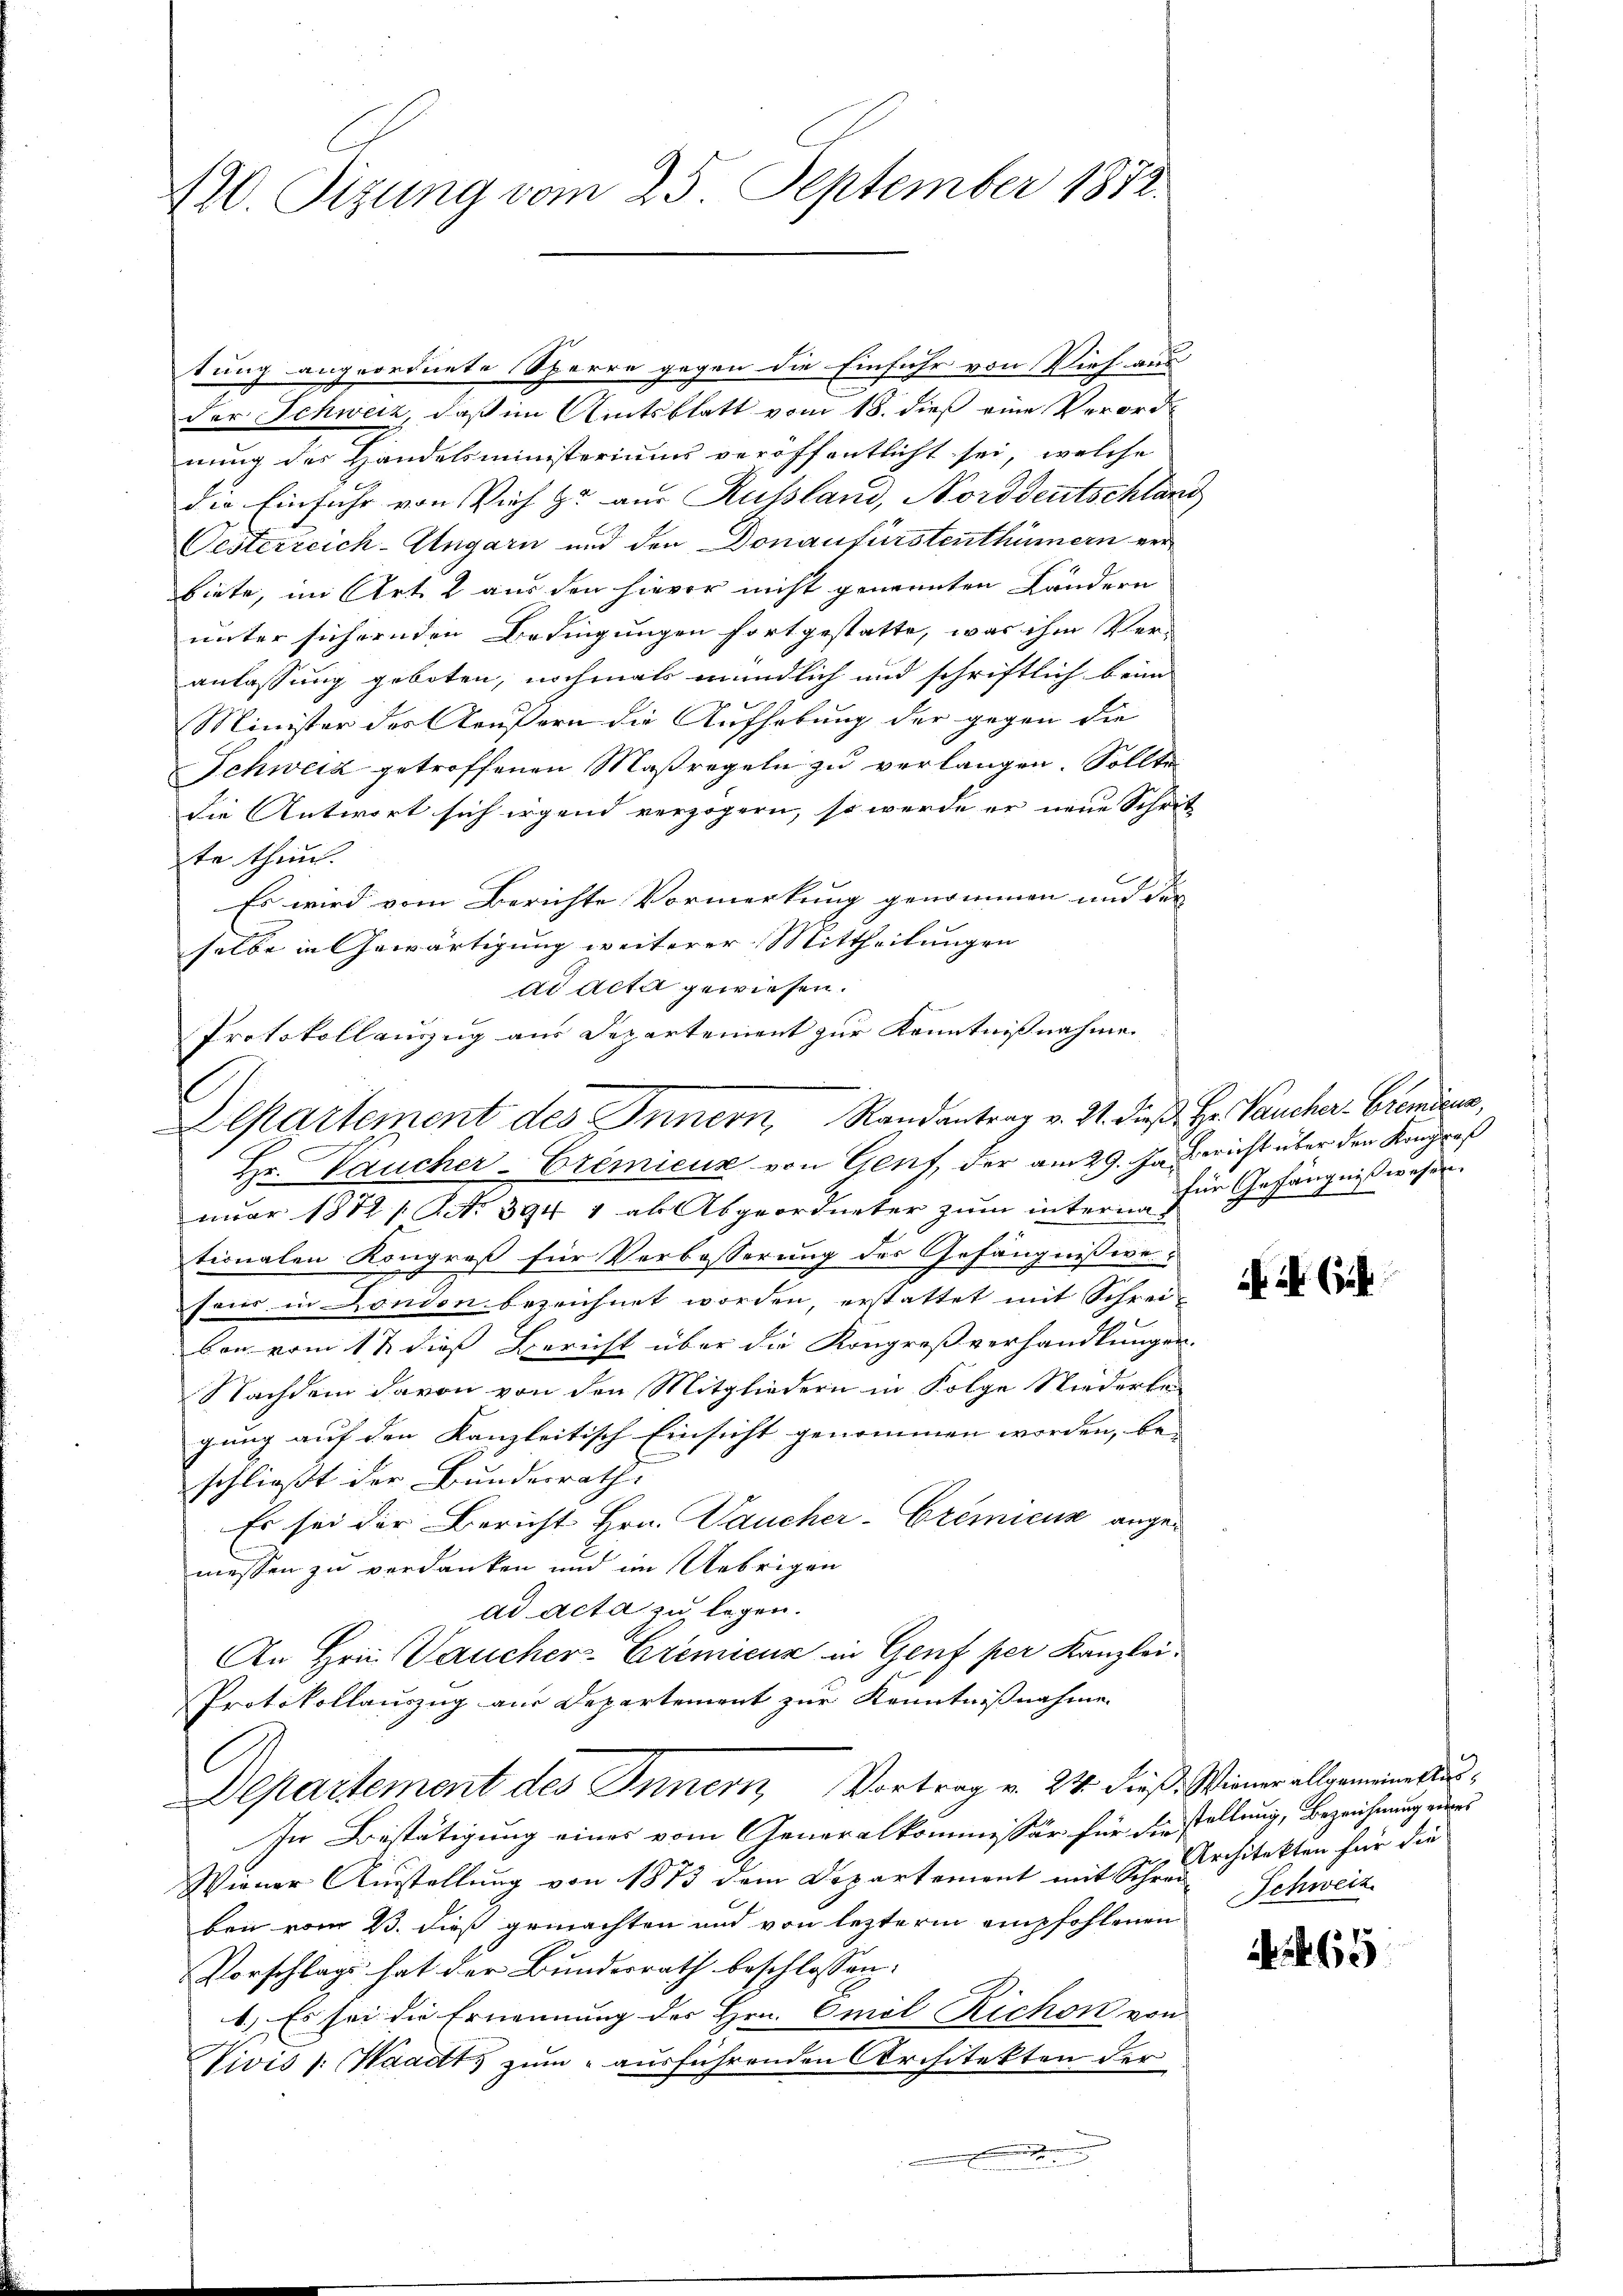
420. Sitzung vom 25. September 1872.

tung angeordnete Sperre gegen die Einfuhr von Vieh aus
der Schweiz, daß im Amtsblatt vom 18. dieß eine Verord-
nung des Handelsministeriums veröffentlicht sei, welche
die Einfuhr von Vieh zu aus Russland, Norddeutschlang
Oesterreich-Ungarn und den Donaufürstenthümern verbiete, im Art. 2 aus den hievor nicht genannten Landern
unter sichernden Bedingungen fortgestatte, was ihm Ver-
anlassung geboten, nochmals mündlich und schriftlich beim
Minister des Aeußern die Aufhebung der gegen die
Schweiz getroffenen Maßregeln zu verlangen. Sollte
die Antwort sich irgend verzögern, so werde er neue Schrit
te thun.
2
Es wird vom Berichte Vormerkung genommen und der
selbe in Gewärtigung weiterer Mittheilungen
Hr. Taucher-Cremieux von Genf, der am 29. Ja gericht über den Kongreß
nuar 1872 / NNo. 394 1 al Abgeordneter zum intern für Gefängnißwesen
tionalen Kongroß für Verbesserung des Gefängnissere
fond in London bezeichnet worden, erstattet mit Schrei-
bon vom 12 dieß Bericht über die Kongreßverhandlungen.
Nachdem davon von den Mitgliedern in Folge Niederke-
gung auf den Kanzleitisch Einsicht genommen worden, be- |
schließt der Bundesrath.
Es sei der Bericht Hrn. Daucher-Cremieux angemessen zu verdanken und im Uebrigen
ad acta zu legen.
An Hrn. Vaucher-Gremicur in Genf per Kanzlei
Protokollauszug aus Departement zur Kenntnißnahme
Departement des Innern, Vortrag v. 24. dieß. Wiener allgemeiner aus¬
In Bestätigung eines vom Generalkommissär für die stellung, Bezeichnung eines
Wiener Ausstellung von 1873 dem Departement mit Schreuerchitekten für die
ben vom 23. dieß gemachten und von lezterm empfohlenen
Vorschlags hat der Bundesrath beschlossen:
b.) Es sei die Ernennung der Hrn. Cmol Richon von
VVivis (Waadt, zum ausführenden Architekten der
.

ad Acta gewiesen.
Protokollauszug aus Departement zur Kenntnissnahme
Departement des Innern, Randantrag v. M. dieß Hr. Paucher-Cremius,

i. a.

Schweiz.

7
60